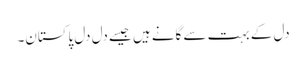
دل کے بہت سے گانے ہیں جیسے دل دل پاکستان۔